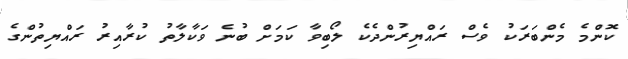
ކޮންމެ މެންބަރަކު ވެސް ރައްޔިރުންދެކެ ލޯބިވާ ކަމަށް ބުނެ ވަކާލާތު ކުރާއިރު ރައްޔިތުންގެ